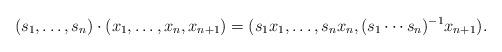
LaTeX: \begin{align*} (s_1, \ldots, s_n) \cdot (x_1, \ldots, x_n, x_{n+1}) = (s_1 x_1, \ldots, s_n x_n, (s_1 \cdots s_n)^{-1} x_{n+1}).\end{align*}